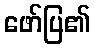
ဖော်ပြ၏